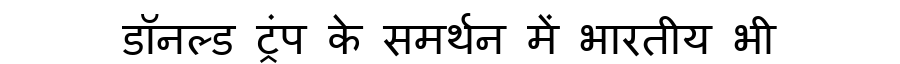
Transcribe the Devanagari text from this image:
डॉनल्ड ट्रंप के समर्थन में भारतीय भी